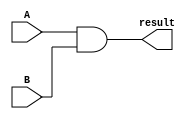

module andi (A, result, B);
	output [31:0] result ;
	input [31:0] A, B;
	
	assign {result} = A & B ;
endmodule